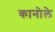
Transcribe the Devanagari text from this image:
कानोले